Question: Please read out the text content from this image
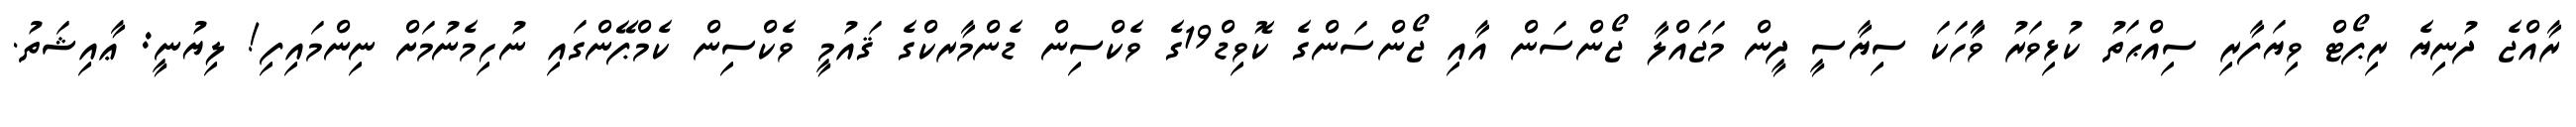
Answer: ރާއްޖެ ދުނިޔެ ރިޕޯޓް ވިޔަފާރި ސިއްޙަތު ކުޅިވަރު ވާާހަކަ ސިޔާސީ ދީން މަޖައްލާ ޖޯންސަން އާއި ޖޯންސަންގެ ކޮވިޑް19ގެ ވެކްސިން ޑެންމާރކްގެ ޤައުމީ ވެކްސިން ކެމްޕޭންގައި ނުހިމެނުމަށް ނިންމައިފި! ލިޔުނީ: ޢާއިޝަތު.